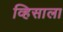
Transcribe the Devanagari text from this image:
व्हिसाला